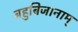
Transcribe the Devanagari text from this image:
बहुबिजानाम्